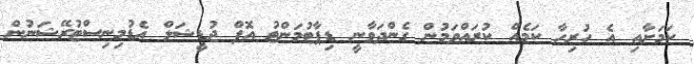
ކަމަށާއި އެ ހުރިހާ ކަމެއް ކުރައްވަމުން ގެންދަވާނީ ޑިޕާޓުމަންޓު އޮފް ޖުޑީޝަލް އެޑުމިނިސްޓުރޭޝަނުން